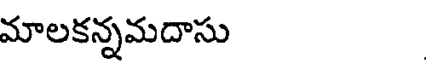
మాలకన్నమదాసు